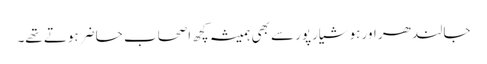
جالندھر اور ہوشیارپور سے بھی ہمیشہ کچھ اصحاب حاضر ہوتے تھے۔